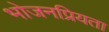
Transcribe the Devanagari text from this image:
भोजनप्रियता